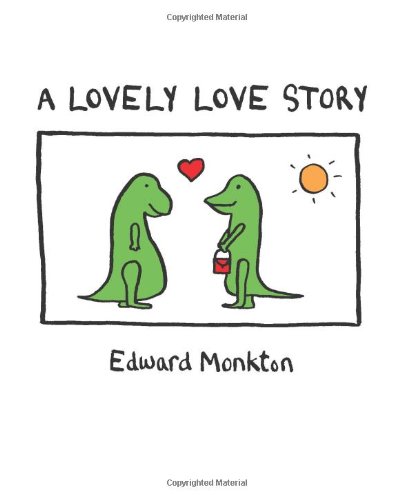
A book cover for A Lovely Love Story; Edward Monkton; Humor & Entertainment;